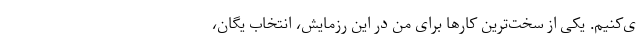
ی‌کنیم. یکی از سخت‌ترین کارها برای من در این رزمایش، انتخاب یگان،